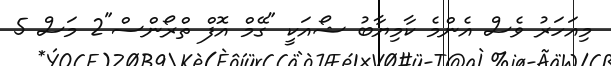
މިއަހަރު ވެސް އެންމެ ކާމިޔާބު ޝޯއަކީ "ގޭމް އޮފް ތްރޯންސް"2 މަސް 5